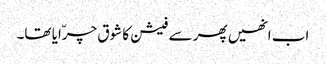
اب انھیں پھر سے فیشن کا شوق چرّایا تھا۔